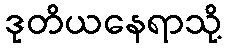
ဒုတိယနေရာသို့